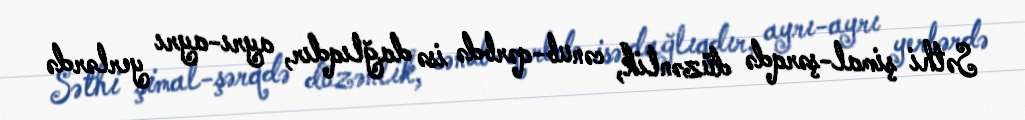
Səthi şimal-şərqdə düzənlik, cənub-qərbdə isə dağlıqdır, ayrı-ayrı yerlərdə